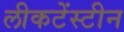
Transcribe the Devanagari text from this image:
लीकटेंस्टीन